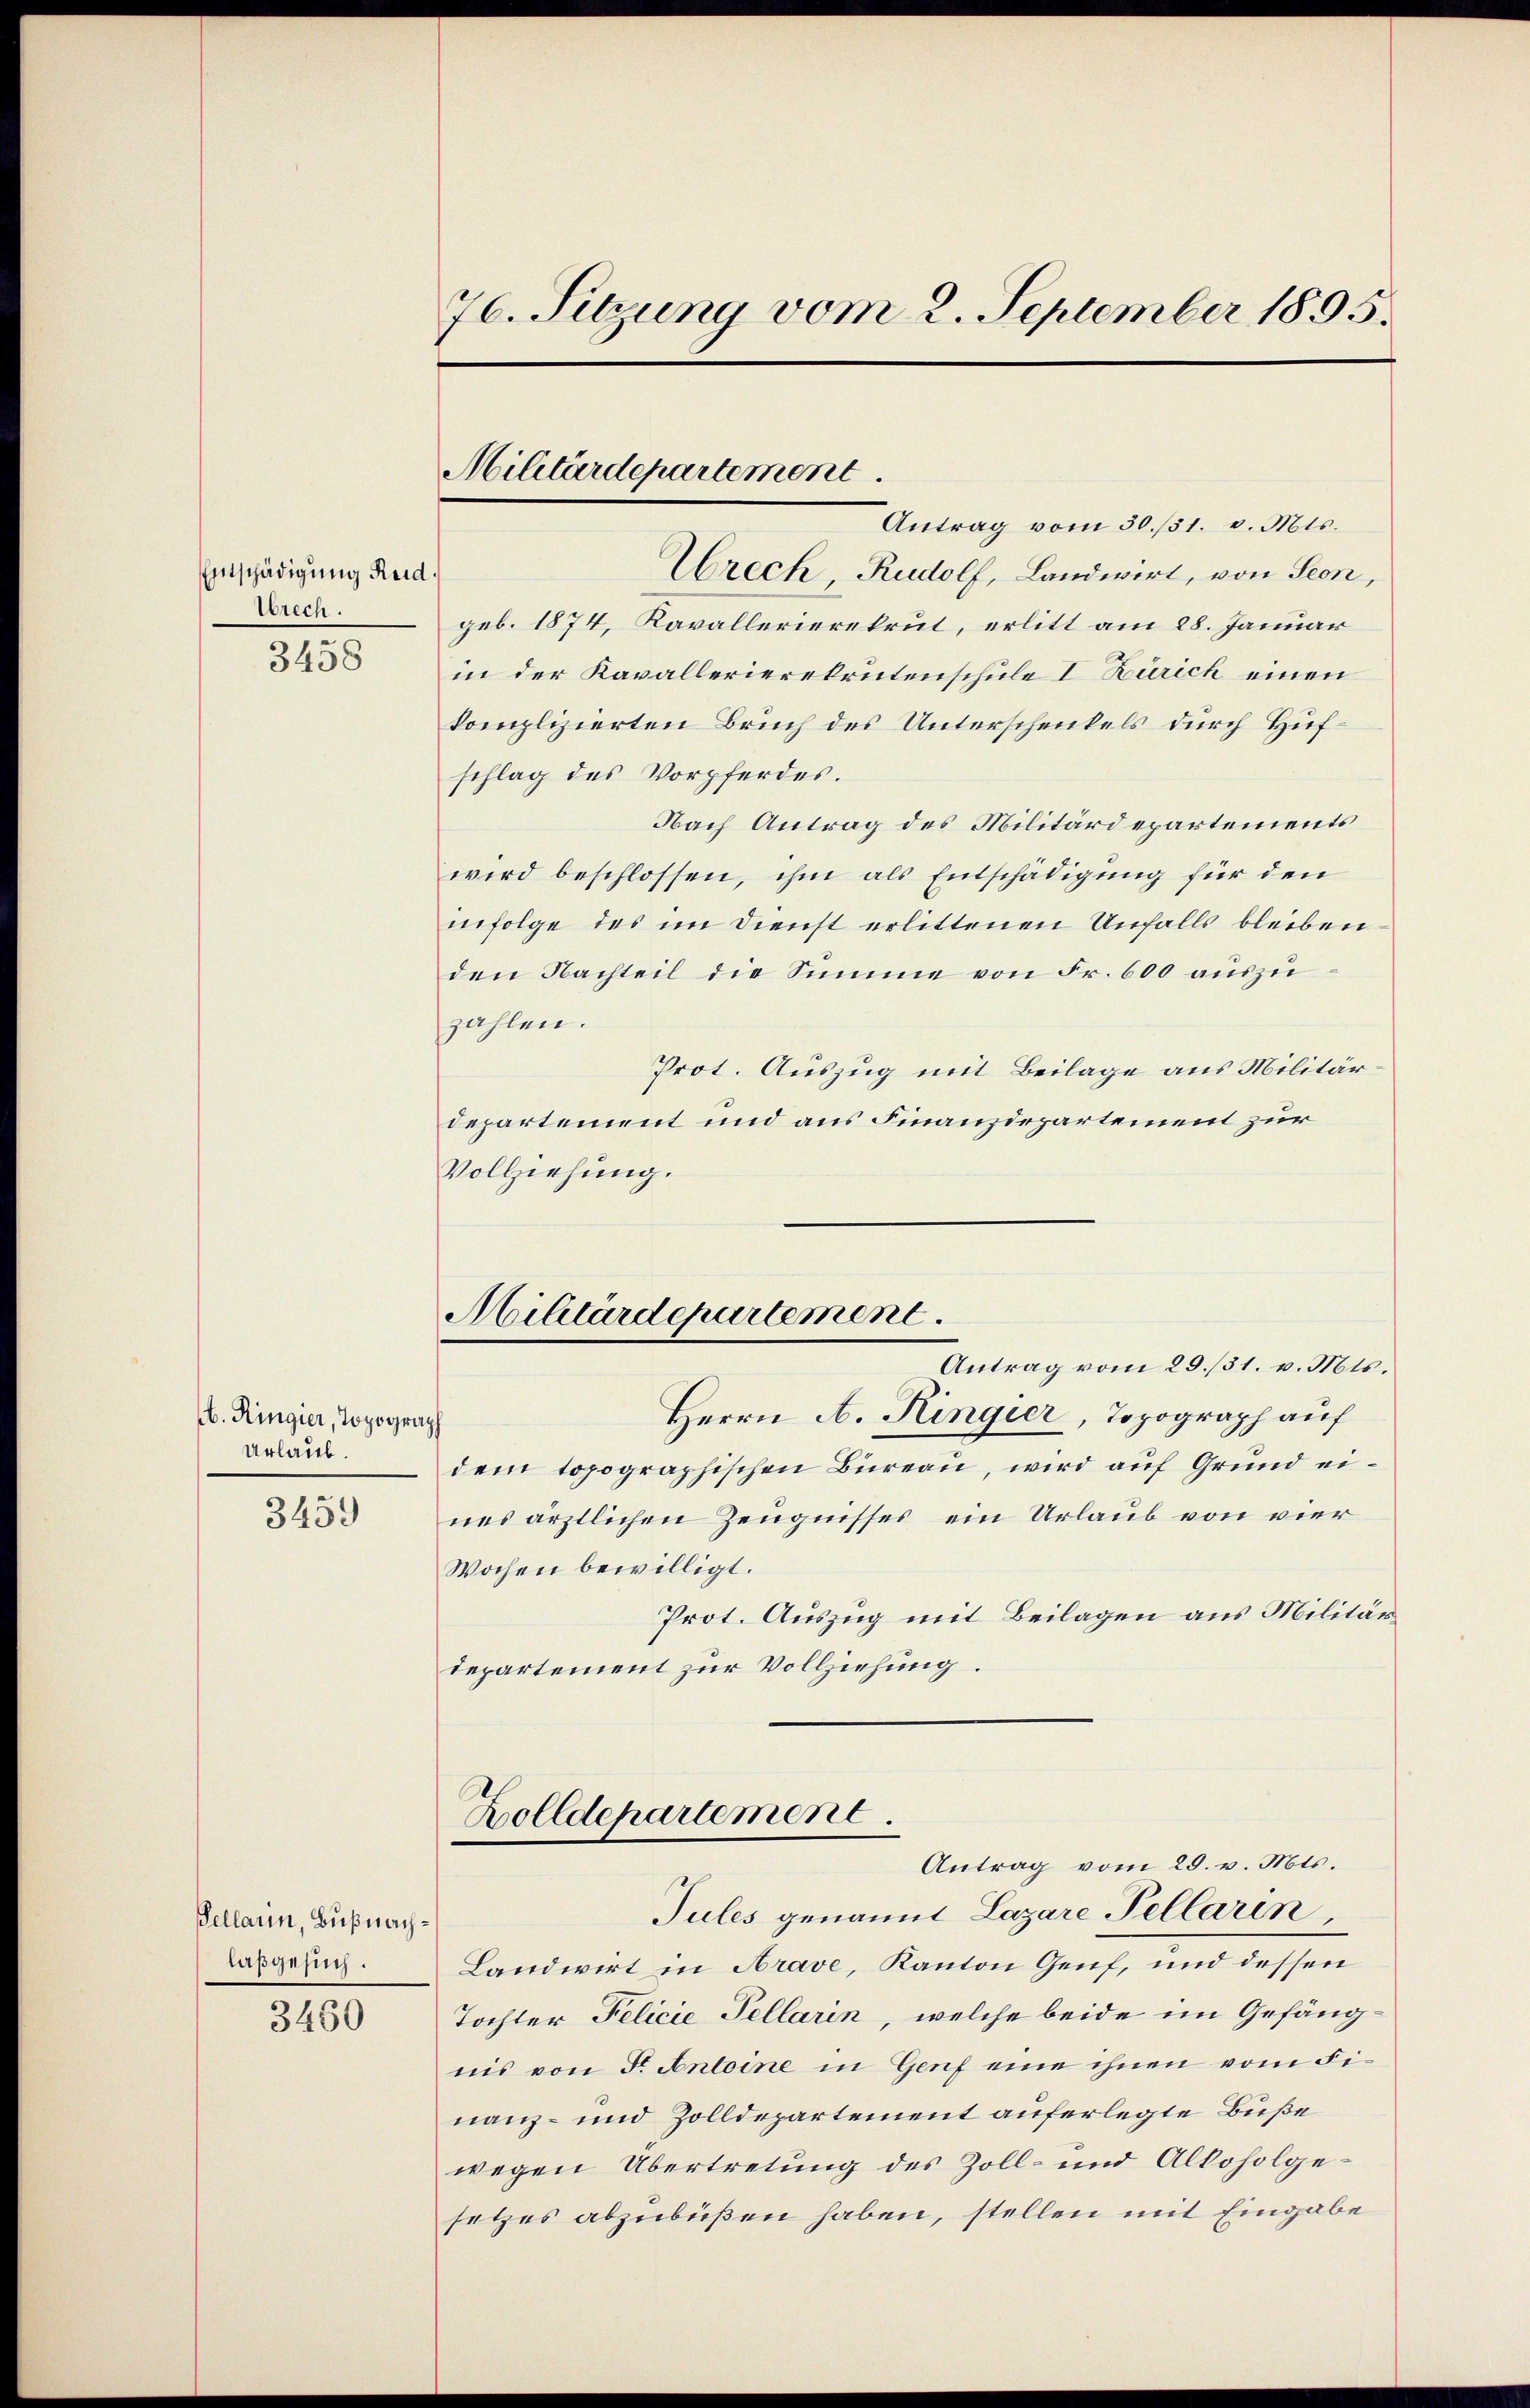
Entschädigung Reid.
brech

3458

b. Ringier, Topograph
Urlaub.

3459

Pellarin, Bußnachlasgesuch.

3460

76. Sitzung vom 2. September 1895.

Militärdepartement

Militärdepartement

Antrag vom 30./31. v. Mts.
Wrech Rudolf, Landwirt, von Seon,
geb. 1874, Kavallerierekrut, erlitt am 28. Januar
in der Kavallerierekrutenschule I. Zürich einen
komplizierten Bruch des Unterschenkels durch Hufschlag des Vorpferdes.
Nach Antrag des Militärdepartements
wird beschlossen, ihm als Entschädigung für den
infolge des im Dienst erlittenen Unfalls bleiben
den Nachteil die Summe von Fr. 600 auszuzahlen.
Prot. Auszug mit Beilage aus Militärdepartement und aus Finanzdepartement zur
Vollziehung.

Antrag vom 29./31. v. Mts.
Herrn A. Ringier, Topograph auf
dem topographischen Büreau, wird auf Grund eines ärztlichen Zeugnisses ein Urlaub von vier
Wochen bewilligt.
Prot. Auszug mit Beilagen aus Militärdepartement zur Vollziehung.
Zolldepartement.
Antrag vom 29. v. Mts.
Jules genannt Lazare Pellarin,
Landwirt in Arave, Kanton Genf, und dessen
Tochter Felicie Tellarin, welche beide im Gefängnis von Fr. Antoine in Genf eine ihnen vom Finanz- und Zolldepartement auferlegte Buße
wegen Übertretung des Zoll- und Alkoholgesetzes abzubüßen haben, stellen mit Eingabe